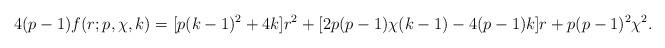
LaTeX: \begin{align*}4(p-1)f(r;p,\chi,k)=[p(k-1)^2+4k]r^2+[2p(p-1)\chi(k-1)-4(p-1)k]r+p(p-1)^2\chi^2.\end{align*}